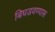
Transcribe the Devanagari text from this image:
बिघडवण्यास